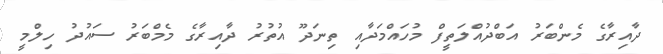
ދާއިރާގެ މެންބަރު އަބްދުއްލަތީފް މުހައްމަދާއި ތިނަދޫ އުތުރު ދާއިރާގެ މެމްބަރު ސައުދު ހިލްމީ